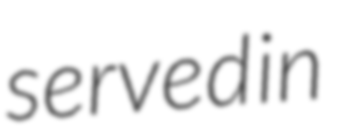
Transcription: served in